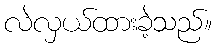
လဲလှယ်ထားခဲ့သည်။